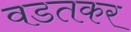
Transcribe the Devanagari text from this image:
वडतकर